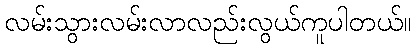
လမ်းသွားလမ်းလာလည်းလွယ်ကူပါတယ်။